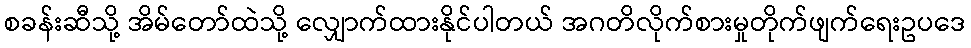
စခန်းဆီသို့ အိမ်တော်ထဲသို့ လျှောက်ထားနိုင်ပါတယ် အဂတိလိုက်စားမှုတိုက်ဖျက်ရေးဥပဒေ